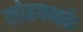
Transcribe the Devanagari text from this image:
लोहवनके